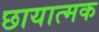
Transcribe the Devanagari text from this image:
छायात्मक